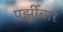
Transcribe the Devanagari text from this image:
पर्झीबार